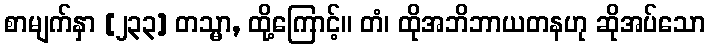
စာမျက်နှာ [၂၃၃] တသ္မာ, ထို့ကြောင့်။ တံ၊ ထိုအဘိဘာယတနဟု ဆိုအပ်သော